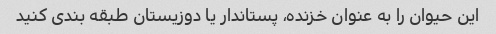
این حیوان را به عنوان خزنده، پستاندار یا دوزیستان طبقه بندی کنید